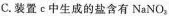
C.装置ε中生成的盐含有NaNO_{2}